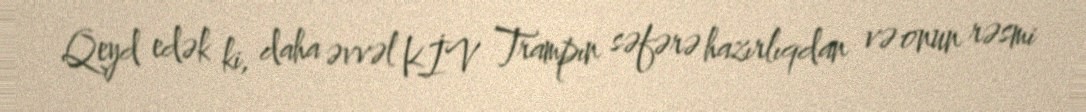
Qeyd edək ki, daha əvvəl KİV Trampın səfərə hazırlıqdan və onun rəsmi